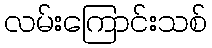
လမ်းကြောင်းသစ်